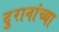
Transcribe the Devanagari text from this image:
दुरानांच्या